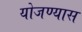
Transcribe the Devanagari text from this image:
योजण्यास